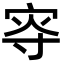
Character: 𡨎